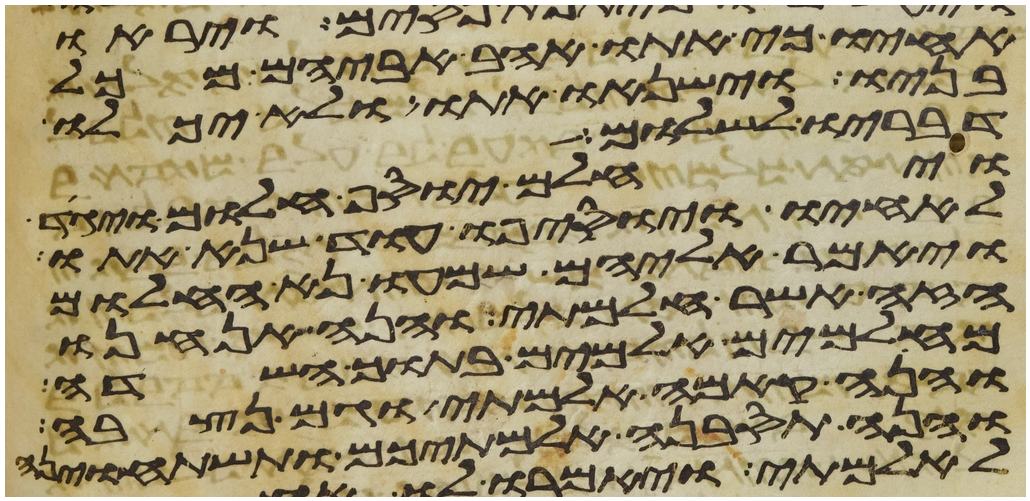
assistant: אחיו כי אתו אהב אביהם מכל
בניו וישנאו אתו ולא יכלו
דבריו לשלום
ויחלם יוסף חלום ויגד
לאחיו ויוסיפו עוד שנא אתו
ויאמר אליהם שמעו נא החלום
הזה אשר חלמתי והנה אנחנו
מאלמים אלמים בתוך השדה
והנה קמה אלמתי וגם נצבה
והנה תסבנה אלמתיכם ותשתחוינה